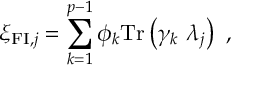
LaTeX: \xi _ { \mathrm { { \small F I } } , j } = \sum _ { k = 1 } ^ { p - 1 } \phi _ { k } \mathrm { T r } \left( \gamma _ { k } ~ \lambda _ { j } \right) ~ ,